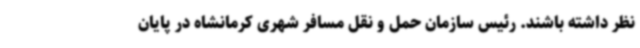
نظر داشته باشند. رئیس سازمان حمل و نقل مسافر شهری کرمانشاه در پایان